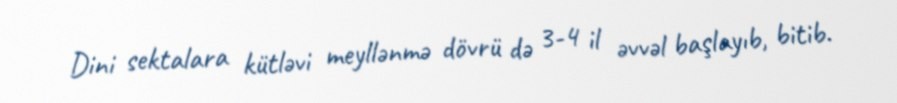
Dini sektalara kütləvi meyllənmə dövrü də 3-4 il əvvəl başlayıb, bitib.